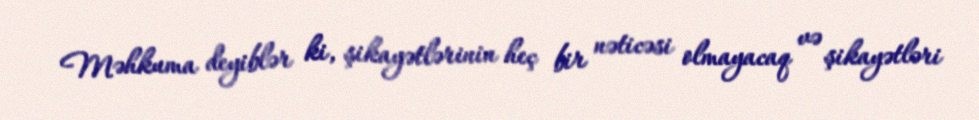
Məhkuma deyiblər ki, şikayətlərinin heç bir nəticəsi olmayacaq və şikayətləri